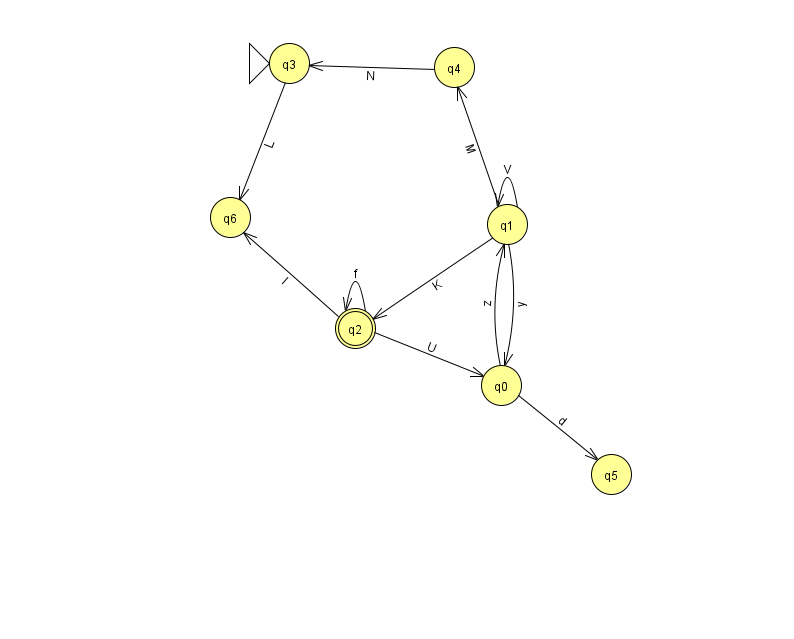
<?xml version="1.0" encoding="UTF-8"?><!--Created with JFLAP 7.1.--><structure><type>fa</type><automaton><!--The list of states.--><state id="0" name="q0"><x>501.0</x><y>372.0</y></state><state id="1" name="q1"><x>507.0</x><y>211.0</y></state><state id="2" name="q2"><x>355.0</x><y>315.0</y><final/></state><state id="3" name="q3"><x>289.0</x><y>50.0</y><initial/></state><state id="4" name="q4"><x>454.0</x><y>54.0</y></state><state id="5" name="q5"><x>611.0</x><y>461.0</y></state><state id="6" name="q6"><x>230.0</x><y>204.0</y></state><!--The list of transitions.--><transition><from>1</from><to>0</to><read>y</read></transition><transition><from>0</from><to>1</to><read>z</read></transition><transition><from>2</from><to>0</to><read>U</read></transition><transition><from>4</from><to>3</to><read>N</read></transition><transition><from>1</from><to>2</to><read>K</read></transition><transition><from>1</from><to>1</to><read>V</read></transition><transition><from>2</from><to>2</to><read>f</read></transition><transition><from>2</from><to>6</to><read>I</read></transition><transition><from>0</from><to>5</to><read>d</read></transition><transition><from>1</from><to>4</to><read>M</read></transition><transition><from>3</from><to>6</to><read>L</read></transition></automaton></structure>